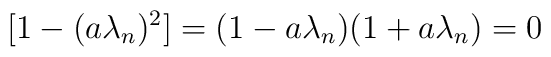
[1-(a\lambda_{n})^{2}]=(1-a\lambda_{n})(1+a\lambda_{n})=0